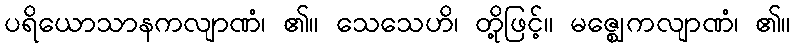
ပရိယောသာနကလျာဏံ၊ ၏။ သေသေဟိ၊ တို့ဖြင့်။ မဇ္ဈေကလျာဏံ၊ ၏။